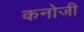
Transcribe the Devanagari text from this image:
कनोजी